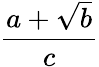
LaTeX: \frac{a+{\sqrt{b}}}{c}